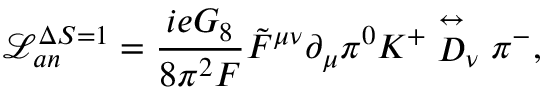
\mathcal { L } _ { a n } ^ { \Delta S = 1 } = \frac { i e G _ { 8 } } { 8 \pi ^ { 2 } F } \tilde { F } ^ { \mu \nu } \partial _ { \mu } \pi ^ { 0 } K ^ { + } \stackrel { \leftrightarrow } { D } _ { \nu } \pi ^ { - } ,